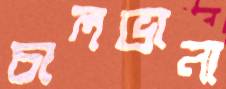
চালভানা